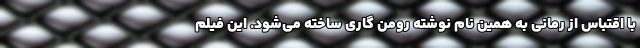
با اقتباس از رمانی به همین نام نوشته رومن گاری ساخته می‌شود. این فیلم